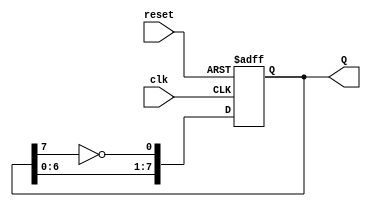
module johnson_counter (
    input wire clk,      // Clock Signal
    input wire reset,    // Asynchronous Reset
    output reg [7:0] Q   // Output State
);

// Always block triggered on the rising edge of the clock or asynchronous reset
always @(posedge clk or posedge reset) begin
    if (reset) begin
        // On reset, initialize the counter to 0
        Q <= 8'b00000000; 
    end else begin
        // Johnson counter operation
        Q <= {Q[6:0], ~Q[7]};
    end
end

endmodule